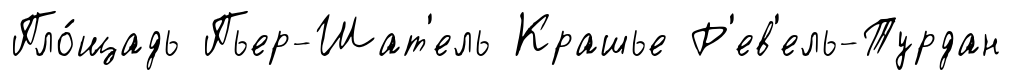
Пло́щадь Пьер-Шат'ель Крашье Р'ев'ель-Турдан